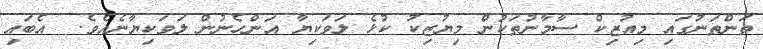
ތަންތަނުގައި މިއުޒިކް ސާމާނުތަކުން މިޔުޒިކު ކުޅެ ލަވަކިޔާ އަންހެނުން ލަވަކިޔާނެއެވެ.  އެބައި